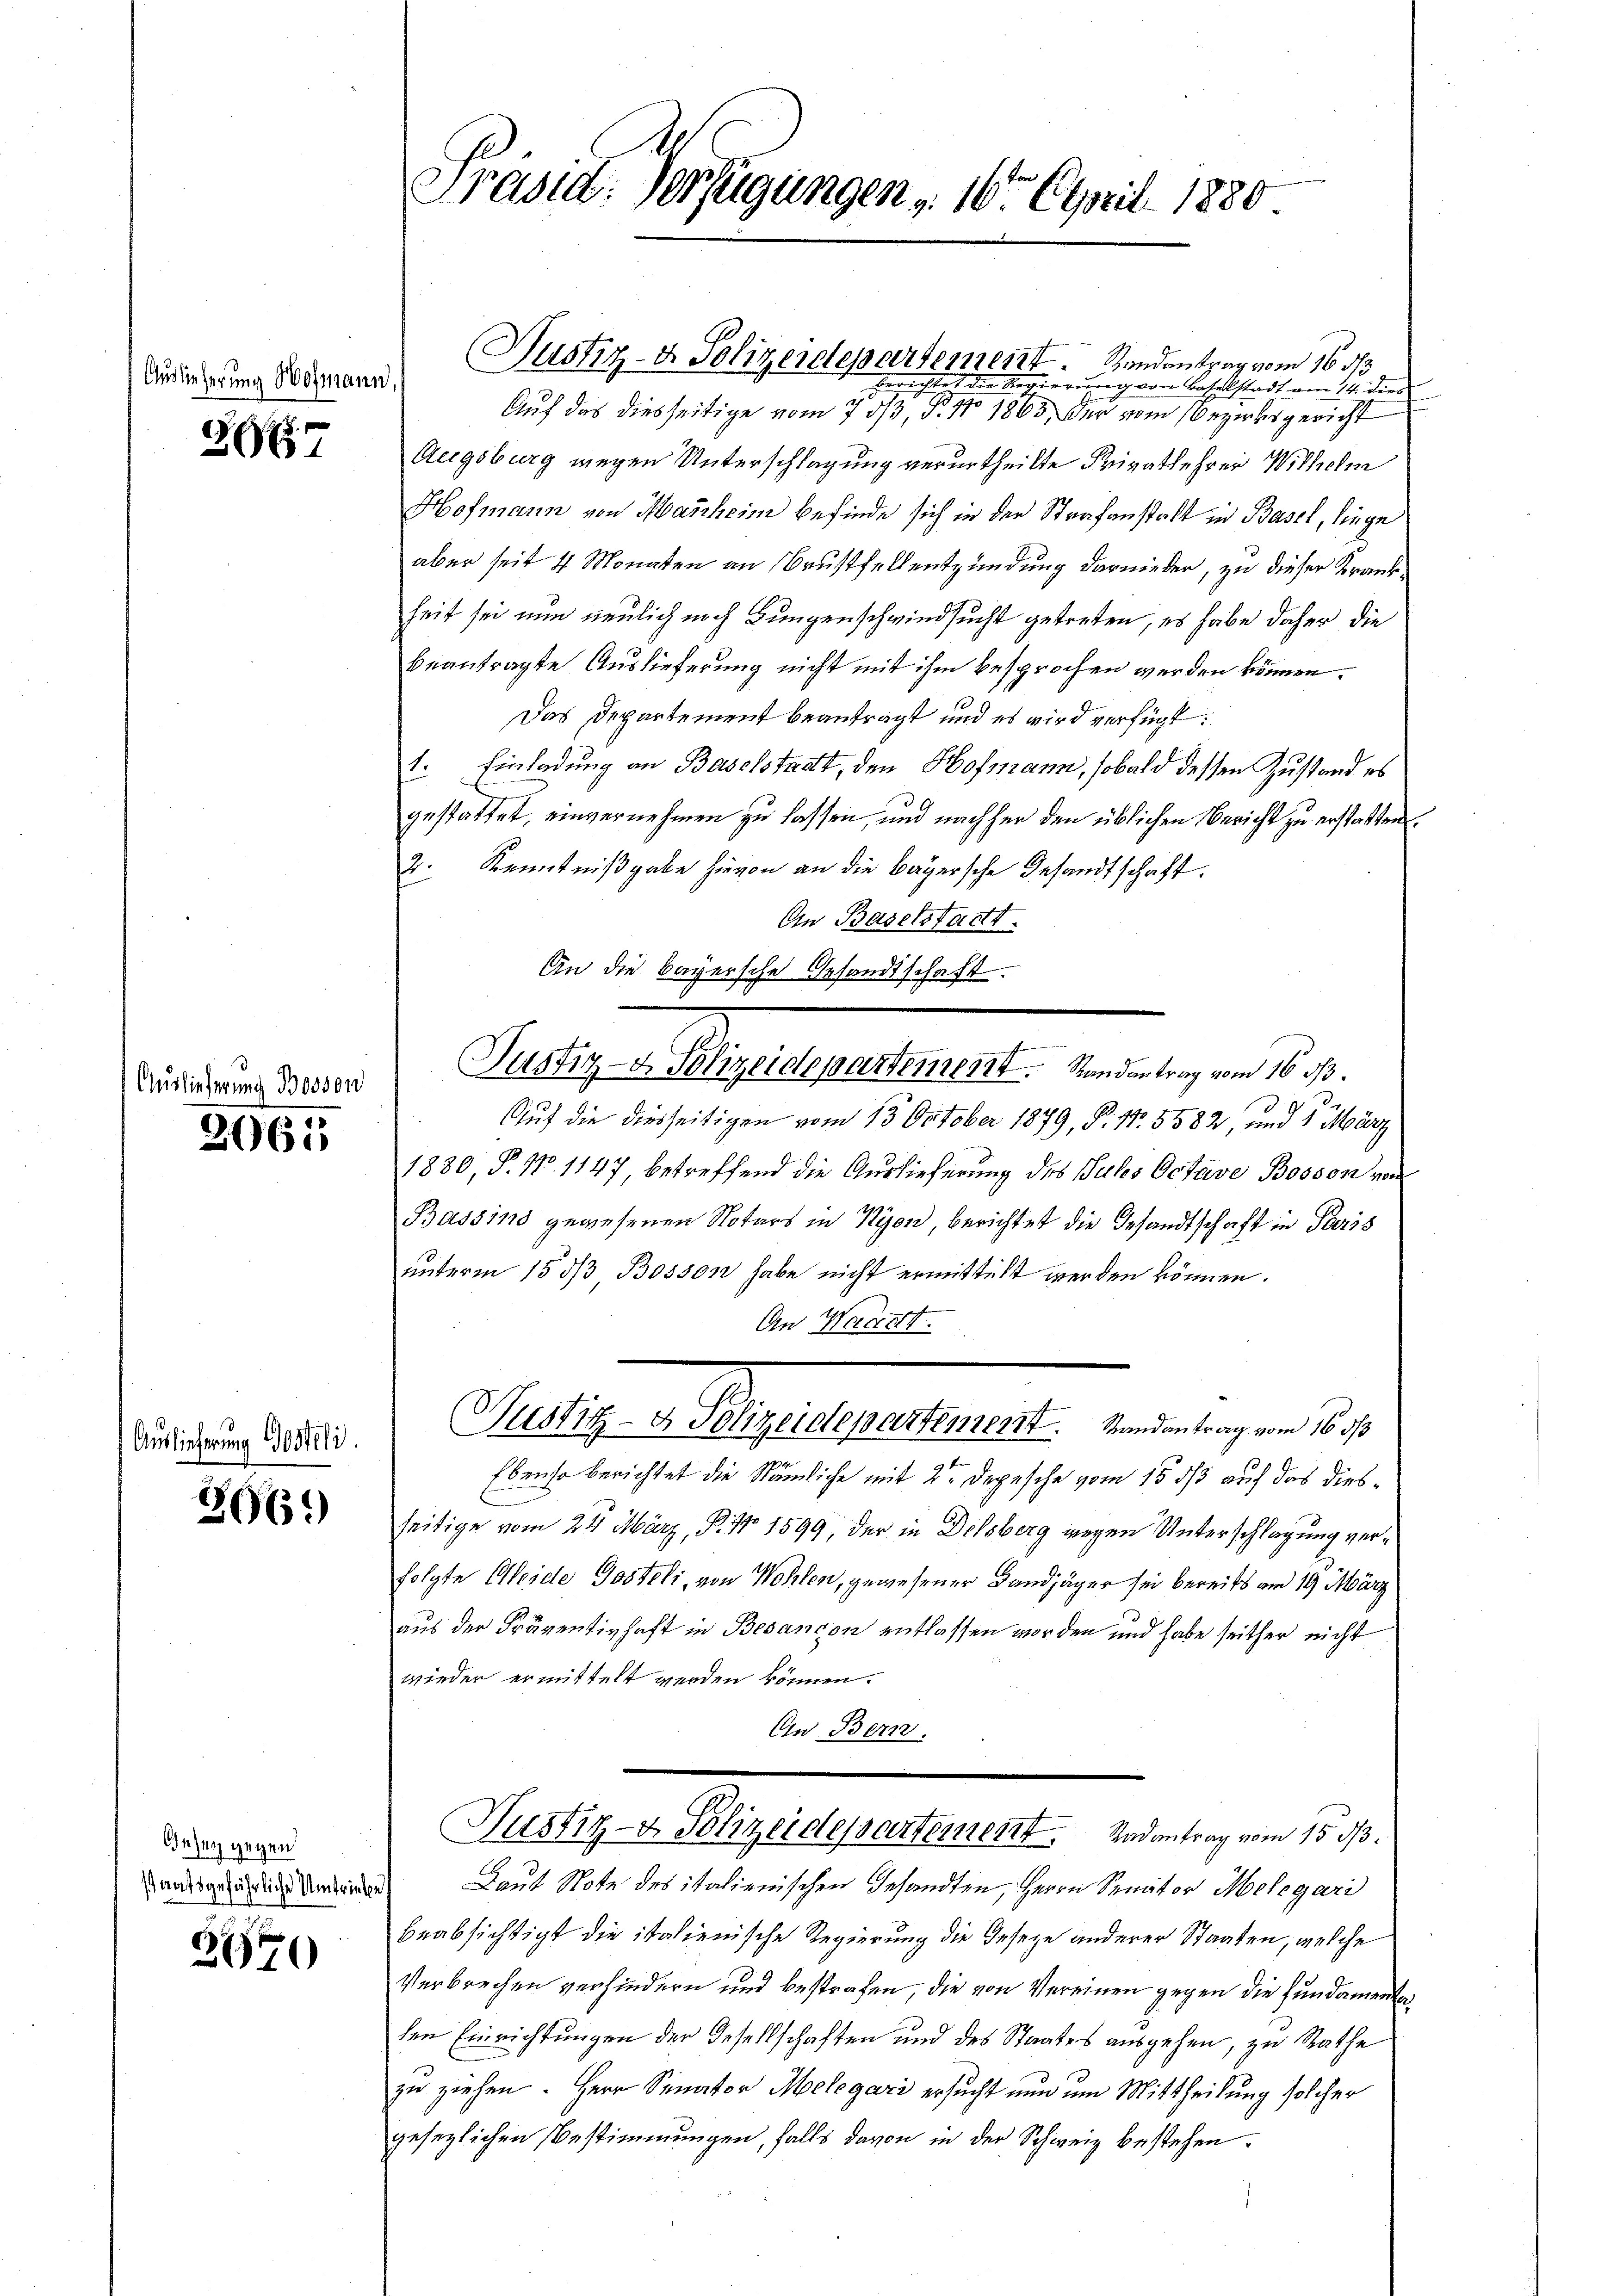
Auslieferung Hofmann

267

Auslieferung Bossen

2061

Auslieferung Gesteli

296.

Gesung gegen
staatsgefährliche Umtriebe

2570

Präsid. Verfügungen v. 16. April 1880.

(Justiz- & Polizeidepartement. Bundentrag vom 16. 513
d.

wichtet die Regierung von Baselstadt am 14. dies
27
Auf das diesseitige vom 7 dß, N. 11. 1863 der vom Bezirksgericht
Augsburg wegen Unterschlagung verurtheilte Privatlehrer Wilhelm
Hofmann von Manheim befinde sich in der Strafanstalt in Basel, liege
aber seit 4 Monaten an Brustfellentzündung darnieder, zu dieser Krankheit sei nun neulich noch Bungenschwindsucht getreten, es habe daher die
beantragte Auslieferung nicht mit ihm besprochen werden können.
Das Departement beantragt und es wird verfügt:
1. Einladung an Baselstadt, den Hofmann, sobald dessen Zustand es
gestattet, einvernehmen zu lassen, und nachher den üblichen Bericht zu erstatten.
2. Kenntnißgabe hievon an die Bayersche Gesandtschaft.
An Baselstadtt
An die bayersche Gesandtschaft
Justiz- & Polizeidepartement. Randantrag vom 16. ds.
Auf die diesseitigen vom 13. October 1879, P. Nr. 5582, und 1 März
1880 P. Nr. 1147, betreffend die Auslieferung des Sules Octave Bosson von
Bassind gewesenen Notars in Nyon berichtet die Gesandtschaft in Paris
unterm 15 1/3 Bosson habe nicht ermitticht werden können.
An Wachtt
Judlig an gelegelterart einlegen diese
Ebenso berichtet die Nämliche mit 2 Depesche vom 15. dß auf das diesseitige vom 24 März, P. Nr. 1599, der in Delsberg wegen Unterschlagung verfolgte Weide Posteli, von Wohlen, gewesener Landjäger sei bereits am 19. März
aus der Präventinhaft in Besançon entlassen worden und habe seither nicht
wieder ermittelt werden können.
An Bern.
Justiz- & Polizeidepartement. Sodantrag vom 15. ds.
Laut Note des italienischen Gesandten, Herrn Senator Melegari
beabsichtigt die italienische Regierung die Gesetze anderer Staaten, welche
Verbrechen verhindern und bestrafen, die von Vereinen gegen die Fundamentaden Einrichtungen der Gesellschaften und des Staates ausgehen, zu Rathe
zu ziehen. Herr Senator Melegari ersucht nun um Mittheilung solcher
gesezlichen Bestimmungen, falls davon in der Schweiz bestehen.